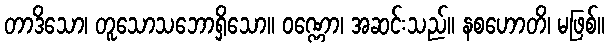
တာဒိသော၊ တူသောသဘောရှိသော။ ဝဏ္ဏော၊ အဆင်းသည်။ နစဟောတိ၊ မဖြစ်။